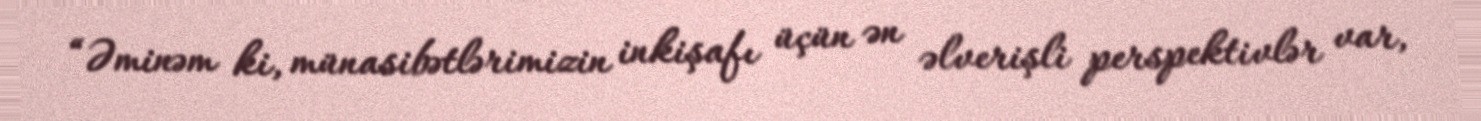
“Əminəm ki, münasibətlərimizin inkişafı üçün ən əlverişli perspektivlər var,